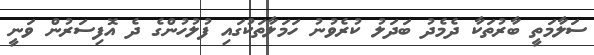
ސަލާމަތީ ބާރުތަކާ ދެމެދު ބަދަލު ކުރެވުނު ހަމަލާތަކުގައި ފުލުހުންގެ ދެ އޮފިސަރުން ވަނީ